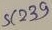
Text: SC239